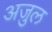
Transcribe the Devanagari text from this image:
अजु़ल